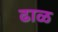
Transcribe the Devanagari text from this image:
ढाळ